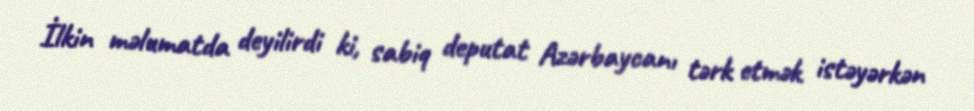
İlkin məlumatda deyilirdi ki, sabiq deputat Azərbaycanı tərk etmək istəyərkən